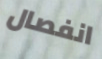
انفصال